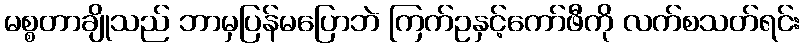
မစ္စတာချိုသည် ဘာမှပြန်မပြောဘဲ ကြက်ဥနှင့်ကော်ဖီကို လက်စသတ်ရင်း